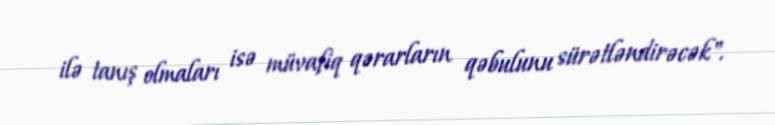
ilə tanış olmaları isə müvafiq qərarların qəbulunu sürətləndirəcək".